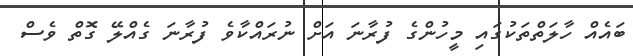
ބައެއް ހާލަތްތަކުގައި މީހުންގެ ފުރާނަ އަށް ނުރައްކާވެ ފުރާނަ ގެއްލޭ ގޮތް ވެސް